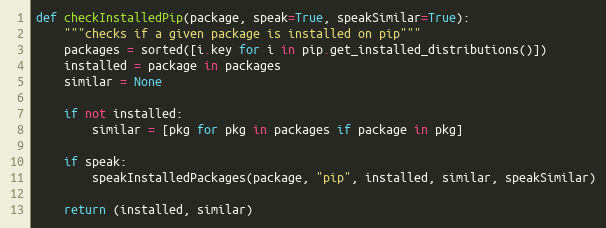
Language: Python
def checkInstalledPip(package, speak=True, speakSimilar=True):
    """checks if a given package is installed on pip"""
    packages = sorted([i.key for i in pip.get_installed_distributions()])
    installed = package in packages
    similar = None

    if not installed:
        similar = [pkg for pkg in packages if package in pkg]

    if speak:
        speakInstalledPackages(package, "pip", installed, similar, speakSimilar)

    return (installed, similar)